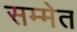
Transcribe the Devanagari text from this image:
सम्मेत